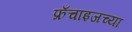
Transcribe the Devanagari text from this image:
फ्रँचाइजच्या